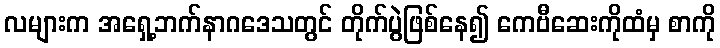
လများက အရှေ့ဘက်နာဂဒေသတွင် တိုက်ပွဲဖြစ်နေ၍ ကေဗီဆေးကိုထံမှ စာကို